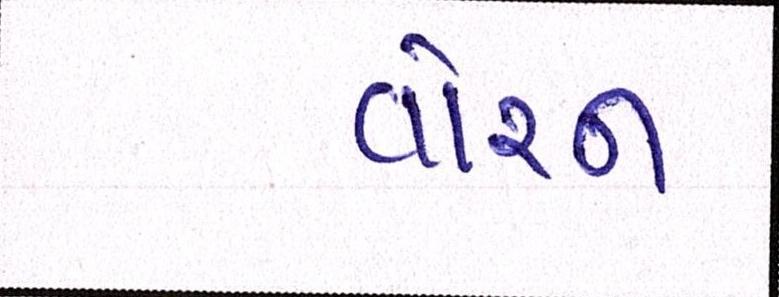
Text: વોરન